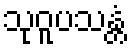
သုဝူပသန္တံ